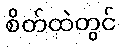
စိတ်ထဲတွင်